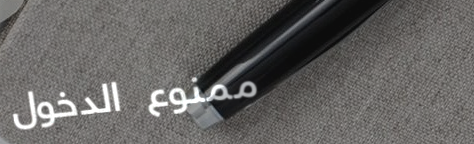
ممنوع الدخول